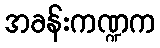
အခန်းကဏ္ဍက